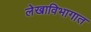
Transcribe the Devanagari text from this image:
लेखाविभागात